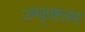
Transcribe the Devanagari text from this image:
उष्कृष्टतम